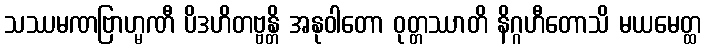
သဿမဏဗြာဟ္မဏီ ပိဒဟိတဗ္ဗန္တိ အနုဝါတော ဝုတ္တဿာတိ နိဂ္ဂဟီတောသိ မယမေတ္ထ